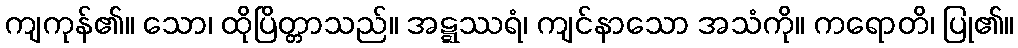
ကျကုန်၏။ သော၊ ထိုပြိတ္တာသည်။ အဋ္ဋဿရံ၊ ကျင်နာသော အသံကို။ ကရောတိ၊ ပြု၏။